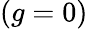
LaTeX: (g=0)